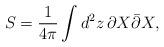
LaTeX: \begin{align*}S= \frac{1}{4\pi} \int d^2z\,\partial X \bar\partial X, \end{align*}